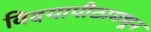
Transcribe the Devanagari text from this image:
विदयापीठामधून